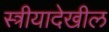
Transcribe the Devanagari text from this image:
स्त्रीयादेखील